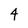
Character: 4